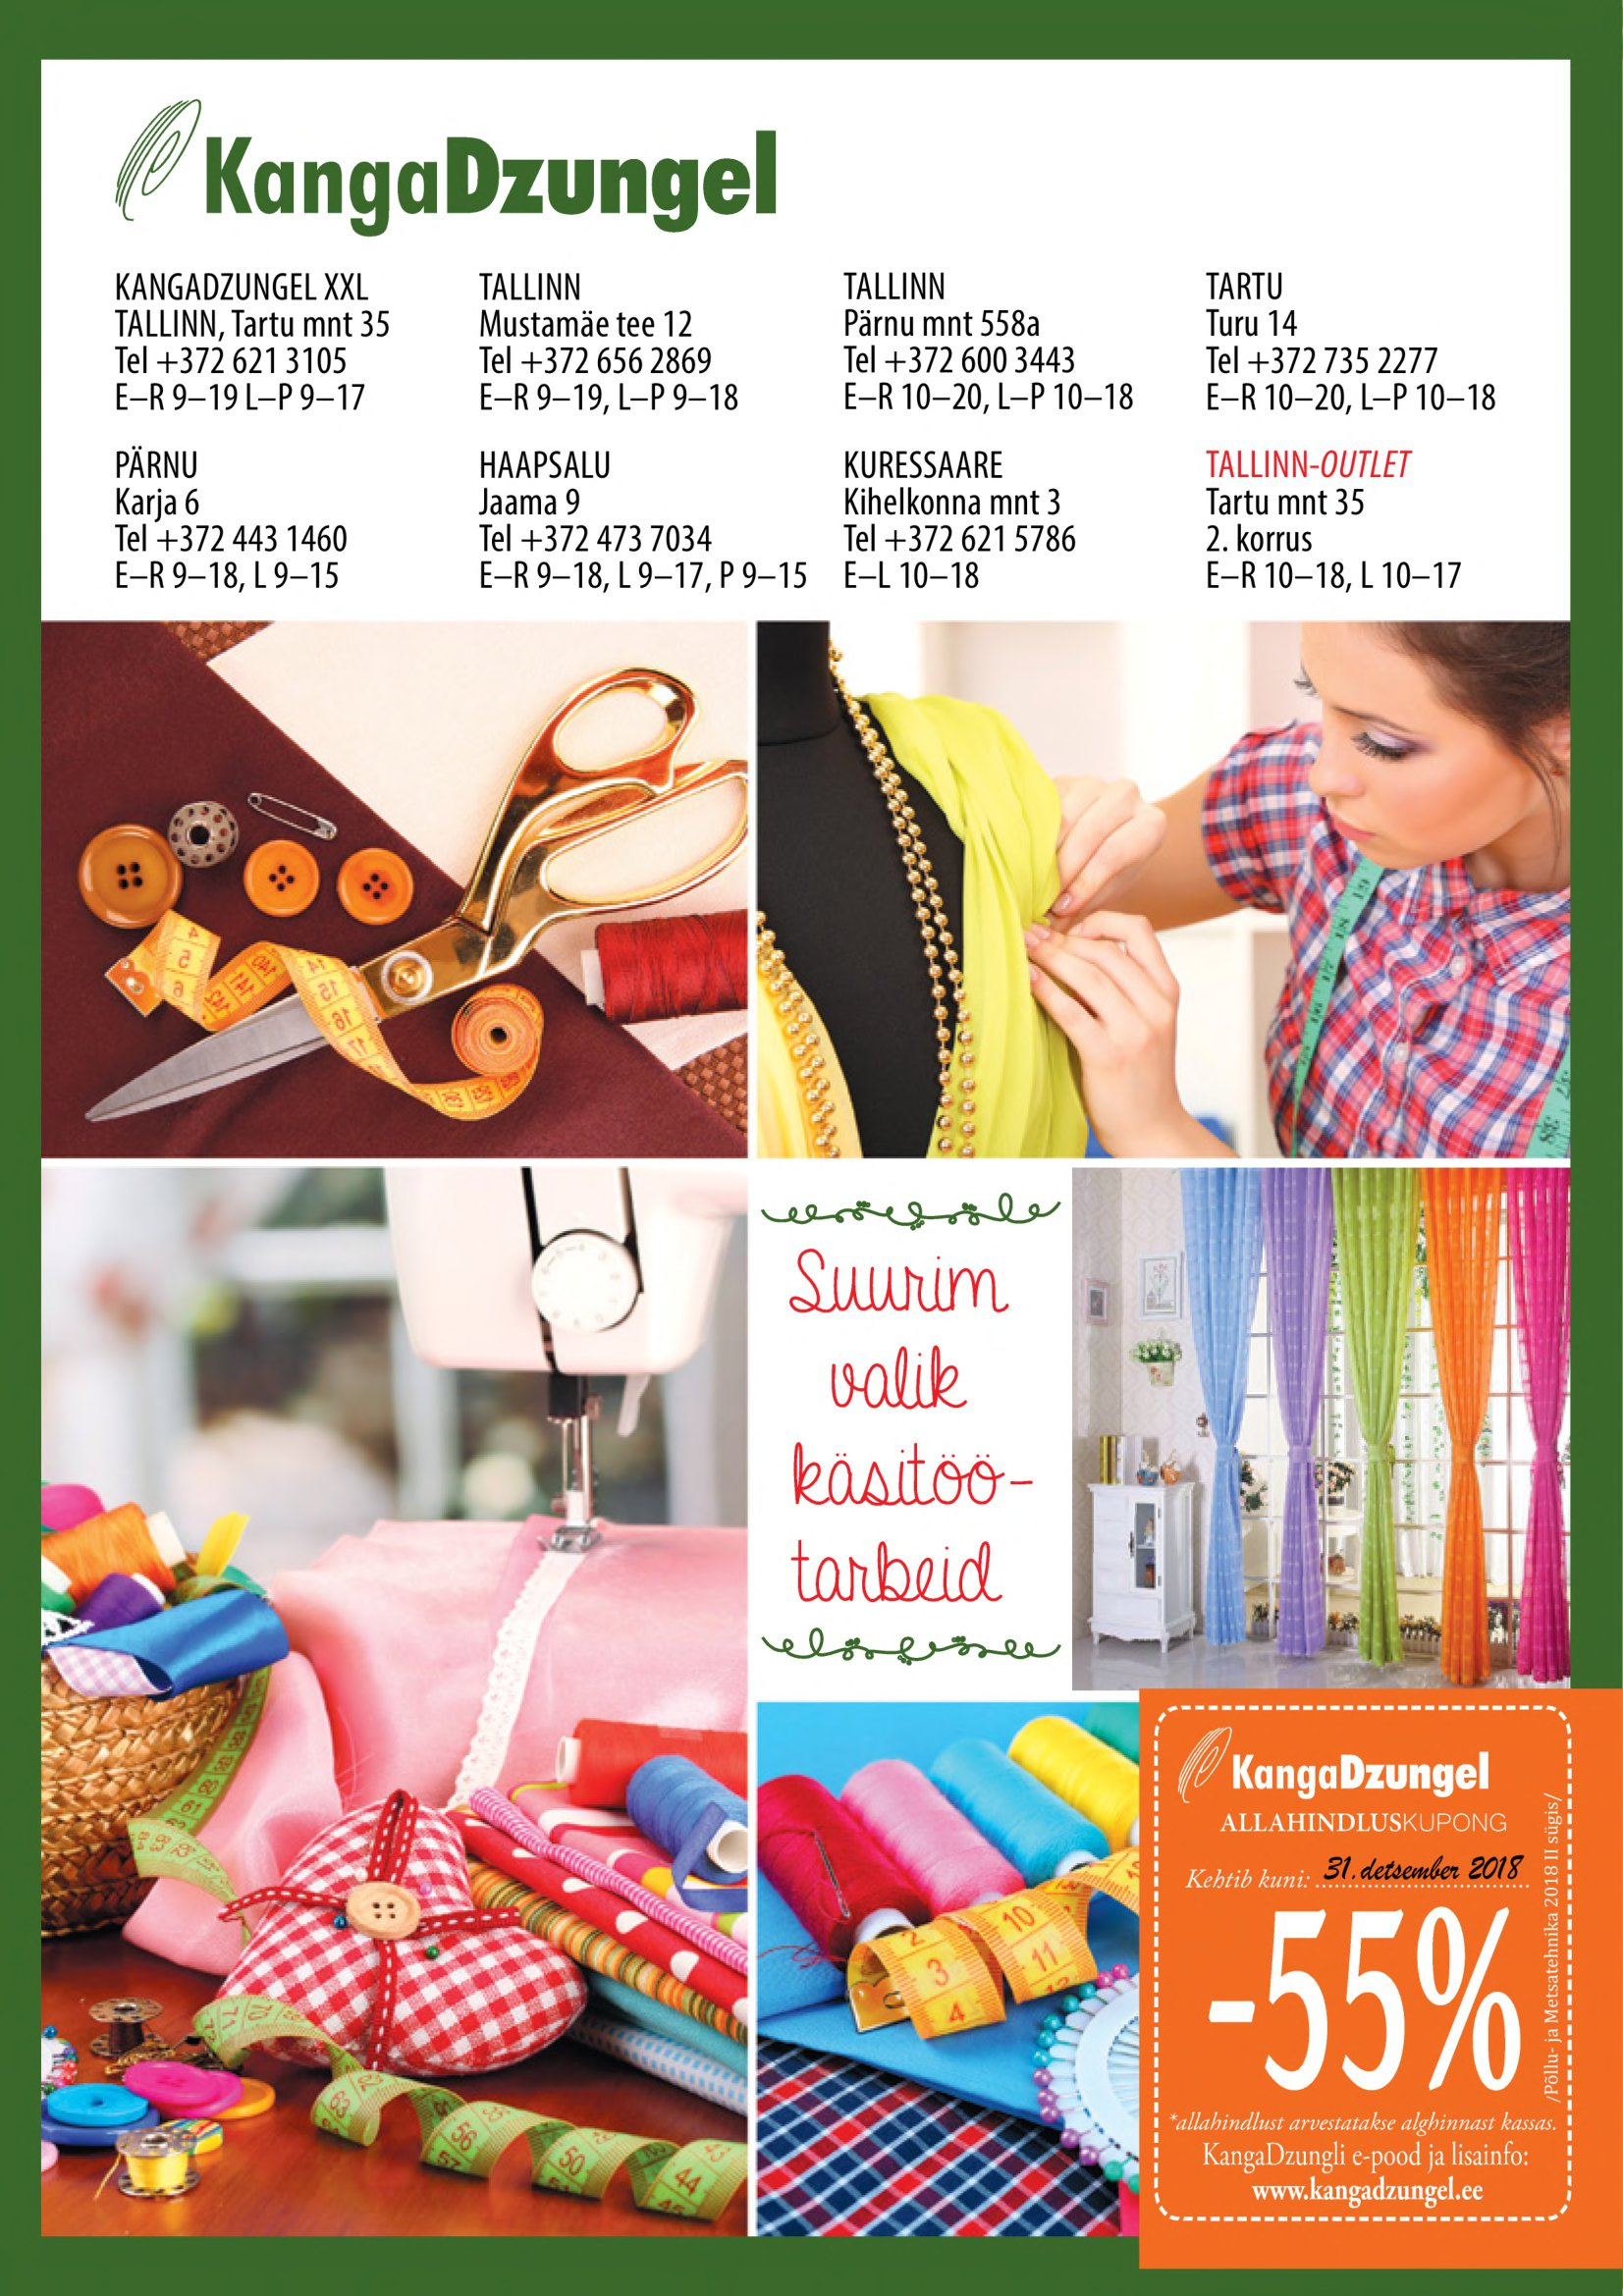
Language: et